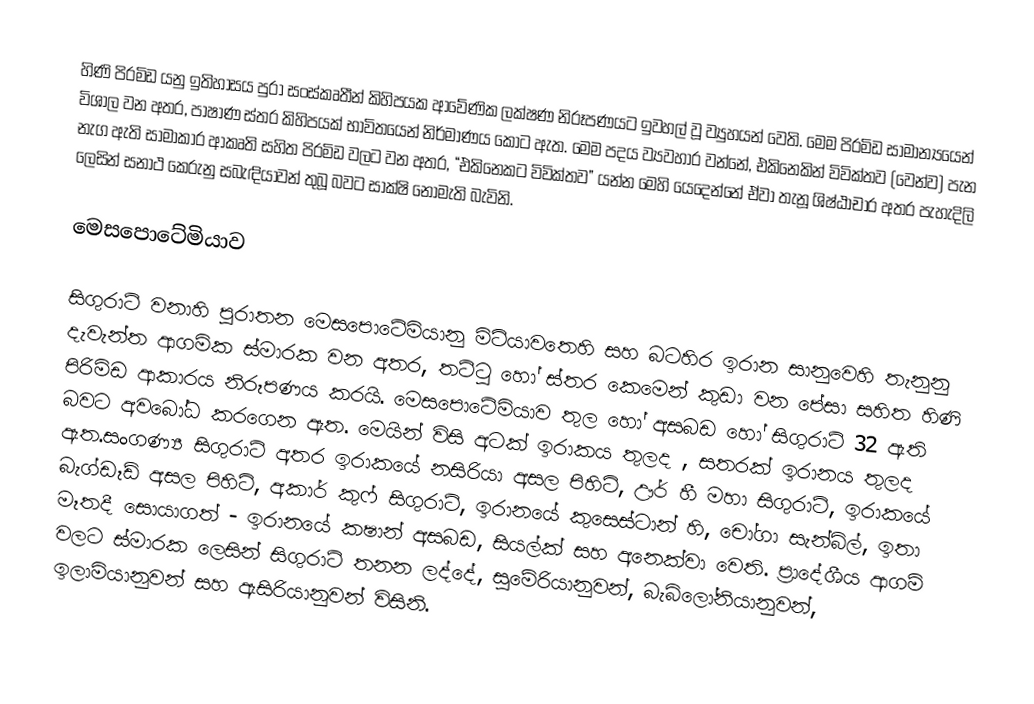
හිණි පිරමිඩ යනු ඉතිහාසය පුරා සංස්කෘතීන් කිහිපයක ආවේණික ලක්ෂණ නිරූපණයට ඉවහල් වූ ව්‍යුහයන් වෙති.  මෙම  පිරමිඩ සාමාන්‍යයෙන් විශාල වන අතර, පාෂාණ ස්තර කිහිපයක් භාවිතයෙන් නිර්මාණය කොට ඇත. මෙම පදය ව්‍යවහාර වන්නේ, එකිනෙකින් විවික්තව (වෙන්ව) පැන නැග ඇති සාමාකාර ආකෘති සහිත පිරමිඩ වලට වන අතර, “එකිනෙකට විවික්තව” යන්න මෙහි යෙදෙන්නේ ඒවා තැනූ ශිෂ්ඨාචාර  අතර පැහැදිලි ලෙසින් සනාථ කෙරුනු සබැඳියාවන් තුබූ බවට සාක්ෂි නොමැති බැවිනි.

මෙසපොටේමියාව

සිගුරාට් වනාහි පුරාතන මෙසපොටේමියානු මිටියාවතෙහි සහ බටහිර  ඉරාන සානුවෙහි තැනුනු දැවැන්ත ආගමික ස්මාරක වන අතර, තට්ටු හෝ ස්තර කෙමෙන් කුඩා වන පේසා සහිත හිණි පිරිමිඩ ආකාරය නිරූපණය කරයි. මෙසපොටේමියාව තුල හෝ අසබඩ හෝ සිගුරාට් 32 ඇති බවට අවබෝධ කරගෙන ඇත. මෙයින් විසි අටක් ඉරාකය තුලද , සතරක්  ඉරානය තුලද ඇත.සංගණ්‍ය සිගුරාට් අතර ඉරාකයේ  නසිරියා අසල  පිහිටි,  ඌර් හී මහා සිගුරාට්, ඉරාකයේ බැග්ඩෑඩ් අසල පිහිටි, අකාර් කුෆ් සිගුරාට්, ඉරානයේ කුසෙස්ටාන් හි, චෝගා සැන්බිල්, ඉතා මෑතදී සොයාගත් - ඉරානයේ කෂාන් අසබඩ,  සියල්ක්  සහ අනෙක්වා වෙති. ප්‍රාදේශීය ආගම් වලට ස්මාරක ලෙසින් සිගුරාට් තනන ලද්දේ, සුමේරියානුවන්, බැබිලෝනියානුවන්, ඉලාමියානුවන් සහ ඇසිරියානුවන් විසිනි.